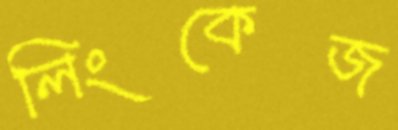
লিংকেজ